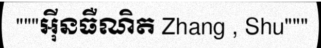
"""អ៊ីនធឺណិត Zhang , Shu"""